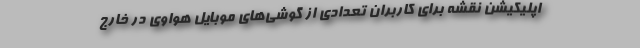
اپلیکیشن نقشه برای کاربران تعدادی از گوشی‌های موبایل هواوی در خارج